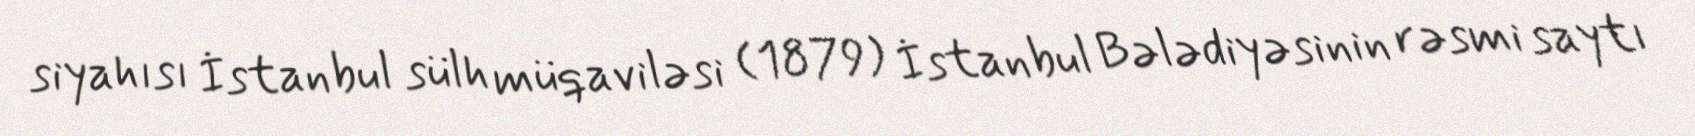
siyahısı İstanbul sülh müqaviləsi (1879) İstanbul Bələdiyəsinin rəsmi saytı